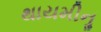
થાયમીનૢ